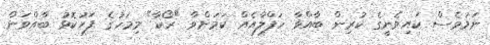
ނަމަވެސް ކައިވެނީގެ ކުރިން ބާއްވާ ހަފްލާއެއް ކަމަށްވާ "ރޯކާ" މިމަހުގެ ފަހުކޮޅު ބާއްވަން